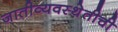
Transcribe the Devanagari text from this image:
जातीव्यवस्थेतीची